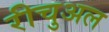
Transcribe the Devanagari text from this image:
रीचुअल